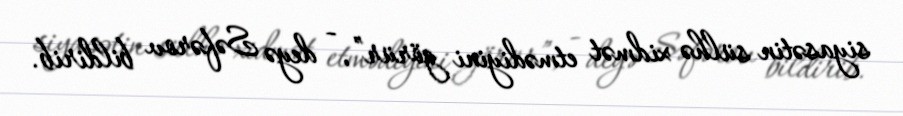
siyasətin sülhə xidmət etmədiyini görür”, - deyə Səfərov bildirib.